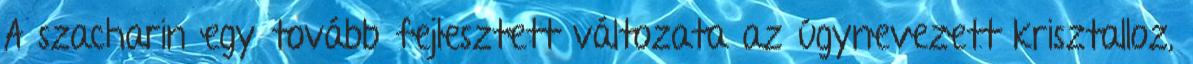
A szacharin egy tovább fejlesztett változata az úgynevezett krisztalloz,